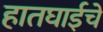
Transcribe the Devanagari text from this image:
हातघाईचे